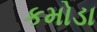
કમોડા